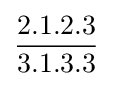
{\frac {2.1.2.3}{3.1.3.3}}